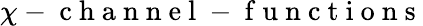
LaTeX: \chi-\mathrm{~c~h~a~n~n~e~l~-~f~u~n~c~t~i~o~n~s~}